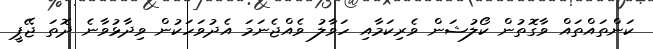
ކަންތައްތައް ވާގޮތުން ކޯލުޝަން ވެރިކަމާއި ހަވާލު ވެއްޖެނަމަ އެދުވަހަކުން ވިދާޅުވާނެ ދޮތަ ޖޭޕީ